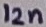
Text: 12n